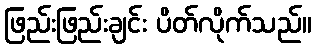
ဖြည်းဖြည်းချင်း ပိတ်လိုက်သည်။